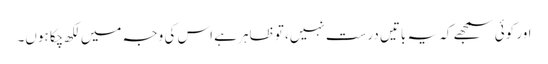
اور کوئی سمجھے کہ یہ باتیں درست نہیں، تو ظاہر ہے اس کی وجہ میں لکھ چکا ہوں۔